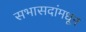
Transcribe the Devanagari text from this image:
सभासदांमधून